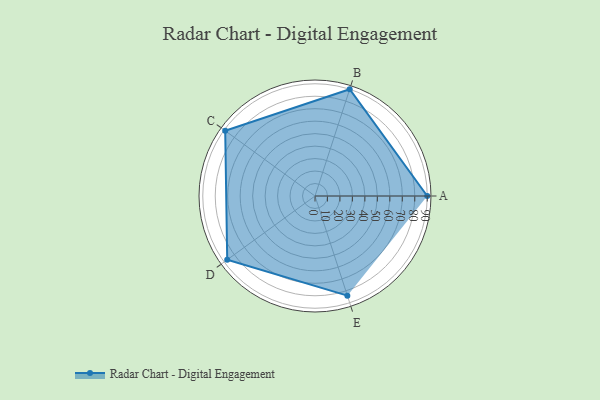
{"axis": {"x": "Skill", "y": "Score"}, "legend": ["Profile"], "data": [{"x": "A", "y": 90.0, "type": "Profile"}, {"x": "B", "y": 90.0, "type": "Profile"}, {"x": "C", "y": 89.0, "type": "Profile"}, {"x": "D", "y": 87.0, "type": "Profile"}, {"x": "E", "y": 84.0, "type": "Profile"}]}